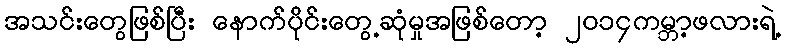
အသင်းတွေဖြစ်ပြီး နောက်ပိုင်းတွေ့ဆုံမှုအဖြစ်တော့ ၂၀၁၄ကမ္ဘာ့ဖလားရဲ့